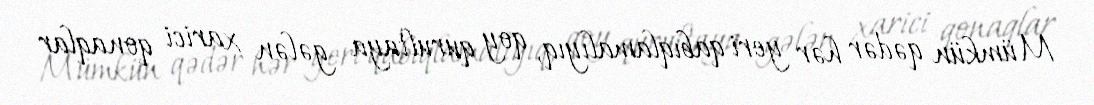
Mümkün qədər hər yeri qabıqlamalıyıq, qoy qurultaya gələn xarici qonaqlar